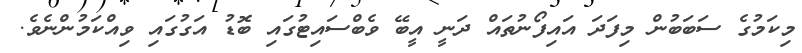
މިކަމުގެ ސަބަބުން މިފަދަ އައިފޯނުތައް ދަނީ އީބޭ ވެބްސައިޓުގައި ބޮޑު އަގުގައި ވިއްކަމުންނެވެ.